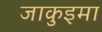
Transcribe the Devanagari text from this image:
जाकुइमा